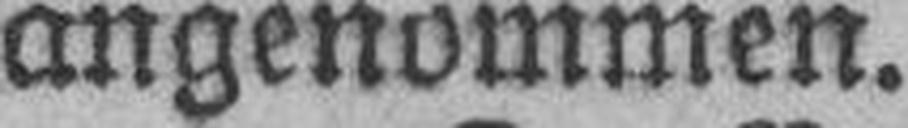
angenommen.